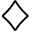
\diamondsuit